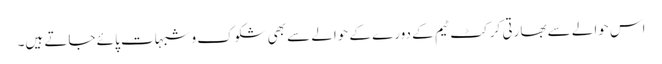
اس حوالے سے بھارتی کرکٹ ٹیم کے دورے کے حوالے سے بھی شکوک و شبہات پائے جاتے ہیں۔